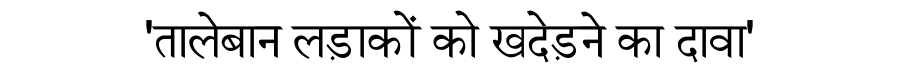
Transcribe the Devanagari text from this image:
'तालेबान लड़ाकों को खदेड़ने का दावा'